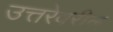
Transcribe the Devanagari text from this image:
उत्तरेवरील